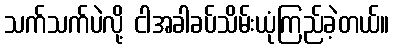
သက်သက်ပဲလို့ ငါအခါခပ်သိမ်းယုံကြည်ခဲ့တယ်။